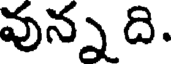
వున్న ది.